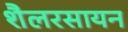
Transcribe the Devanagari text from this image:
शैलरसायन